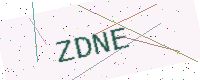
Text: ZDNE